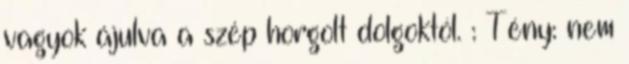
vagyok ájulva a szép horgolt dolgoktól. : Tény: nem